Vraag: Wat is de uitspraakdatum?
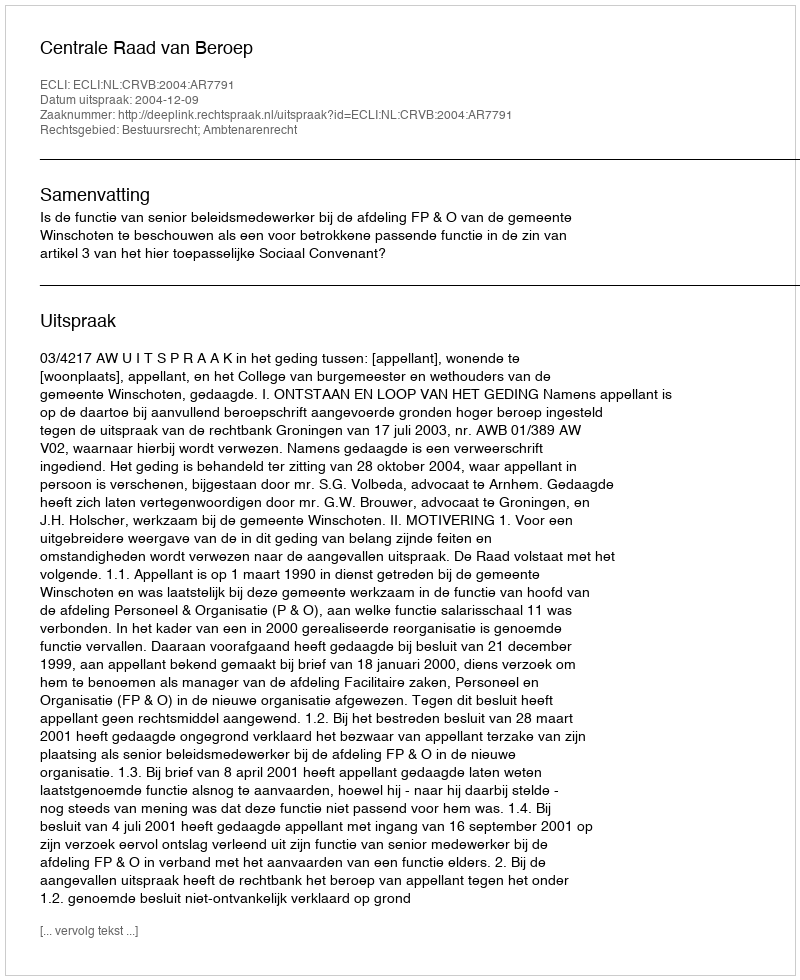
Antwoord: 2004-12-09